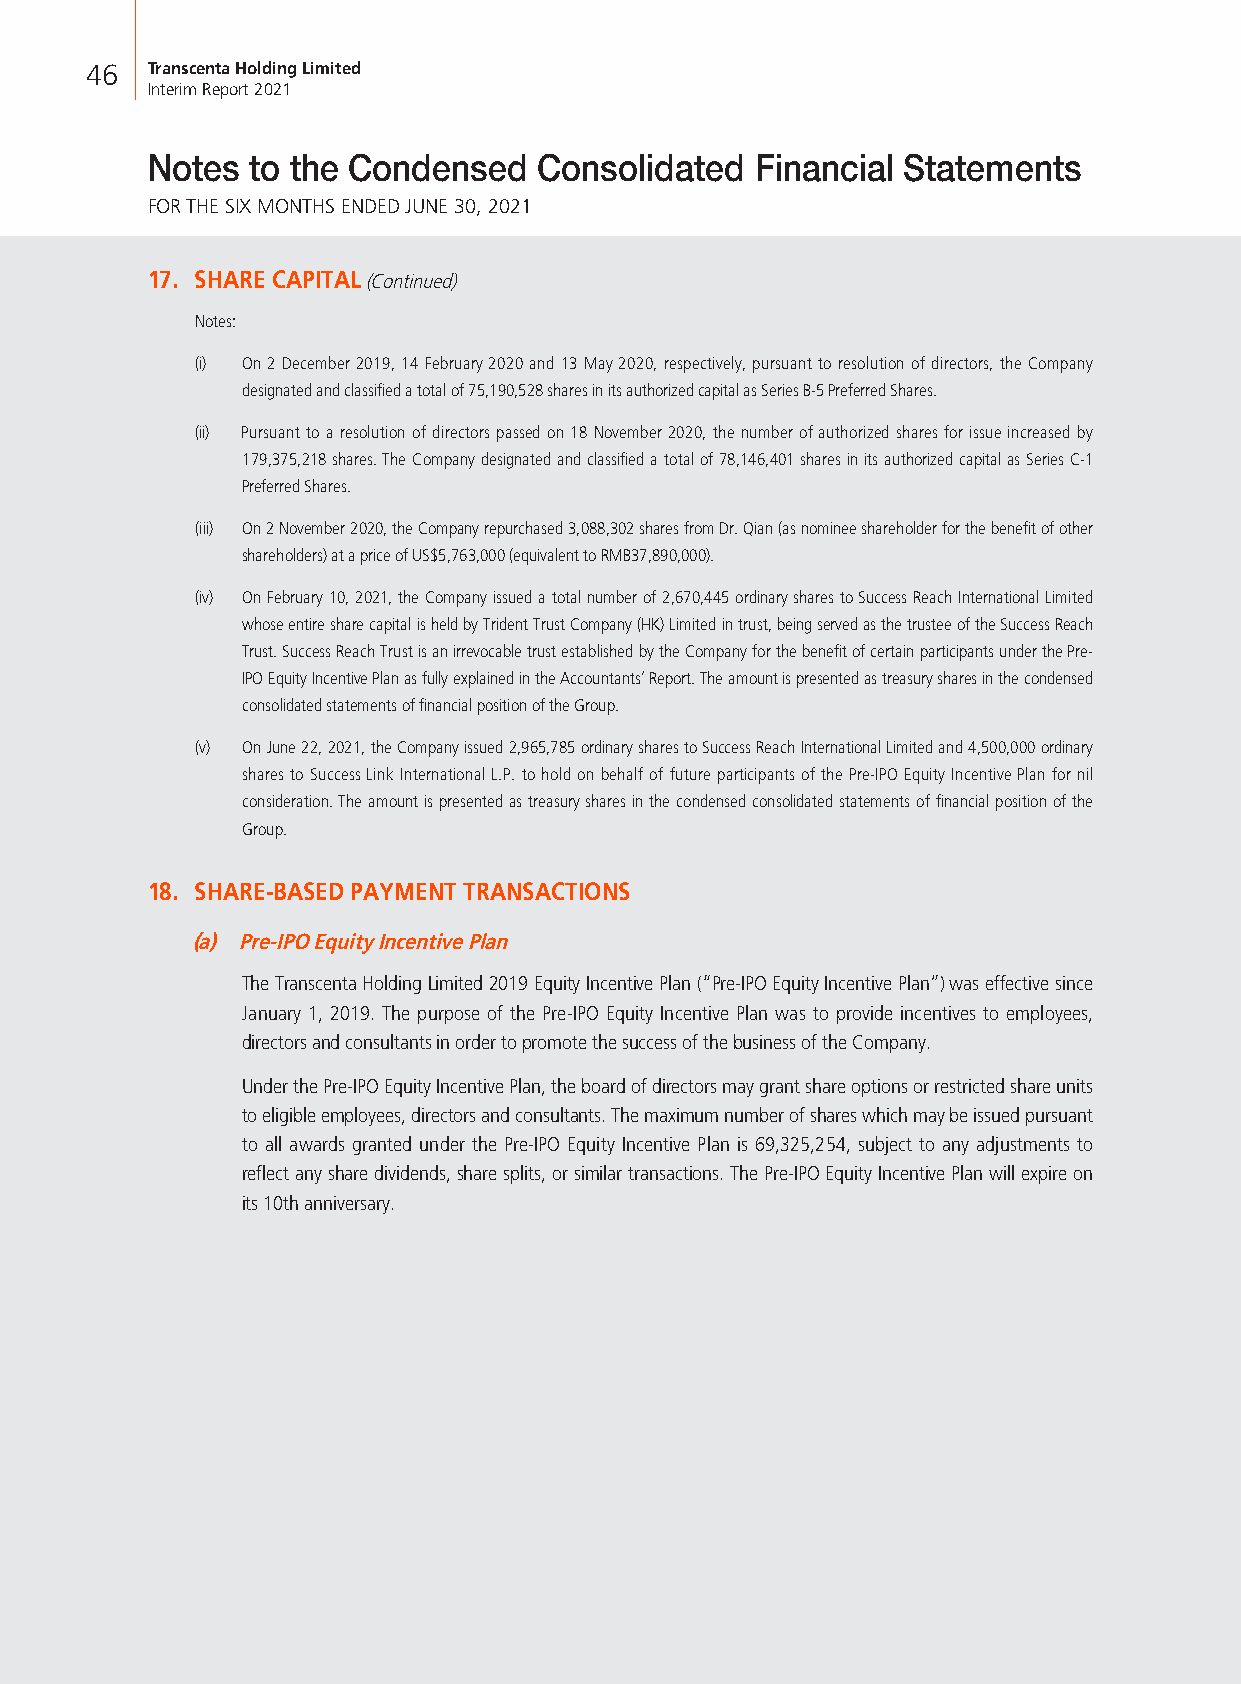
46  Transcenta Holding Limited
 Interim Report 2021
 Notes to the Condensed    Consolidated  Financial Statements
 FOR THE SIX MONTHS ENDED JUNE 30, 2021
 17. SHARE CAPITAL (Continued)
 Notes:
 (i) On 2 December 2019, 14 February 2020 and 13 May 2020, respectively, pursuant to resolution of directors, the Company
 designated and classified a total of 75,190,528 shares in its authorized capital as Series B-5 Preferred Shares.
 (ii) Pursuant to a resolution of directors passed on 18 November 2020, the number of authorized shares for issue increased by
 179,375,218 shares. The Company designated and classified a total of 78,146,401 shares in its authorized capital as Series C-1
 Preferred Shares.
 (iii) On 2 November 2020, the Company repurchased 3,088,302 shares from Dr. Qian (as nominee shareholder for the benefit of other
 shareholders) at a price of US$5,763,000 (equivalent to RMB37,890,000).
 (iv) On February 10, 2021, the Company issued a total number of 2,670,445 ordinary shares to Success Reach International Limited
 whose entire share capital is held by Trident Trust Company (HK) Limited in trust, being served as the trustee of the Success Reach
 Trust. Success Reach Trust is an irrevocable trust established by the Company for the benefit of certain participants under the Pre-
 IPO Equity Incentive Plan as fully explained in the Accountants’ Report. The amount is presented as treasury shares in the condensed
 consolidated statements of financial position of the Group.
 (v) On June 22, 2021, the Company issued 2,965,785 ordinary shares to Success Reach International Limited and 4,500,000 ordinary
 shares to Success Link International L.P. to hold on behalf of future participants of the Pre-IPO Equity Incentive Plan for nil
 consideration. The amount is presented as treasury shares in the condensed consolidated statements of financial position of the
 Group.
 18. SHARE-BASED PAYMENT TRANSACTIONS
 (a) Pre-IPO Equity Incentive Plan
 The Transcenta Holding Limited 2019 Equity Incentive Plan (“Pre-IPO Equity Incentive Plan”) was effective since
 January 1, 2019. The purpose of the Pre-IPO Equity Incentive Plan was to provide incentives to employees,
 directors and consultants in order to promote the success of the business of the Company.
 Under the Pre-IPO Equity Incentive Plan, the board of directors may grant share options or restricted share units
 to eligible employees, directors and consultants. The maximum number of shares which may be issued pursuant
 to all awards granted under the Pre-IPO Equity Incentive Plan is 69,325,254, subject to any adjustments to
 reflect any share dividends, share splits, or similar transactions. The Pre-IPO Equity Incentive Plan will expire on
 its 10th anniversary.